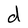
Character: d